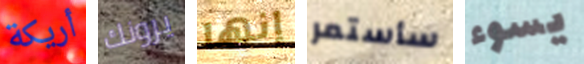
أريكة يرونك إنها سأستمر يسوء